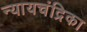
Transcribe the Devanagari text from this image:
न्यायचंद्रिका